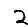
Digit: 2